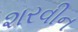
શરવીન